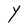
Character: Y